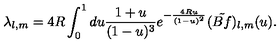
\lambda _ { l , m } = 4 R \int _ { 0 } ^ { 1 } d u \frac { 1 + u } { ( 1 - u ) ^ { 3 } } e ^ { - \frac { 4 R u } { ( 1 - u ) ^ { 2 } } } ( \tilde { B f } ) _ { l , m } ( u ) .